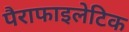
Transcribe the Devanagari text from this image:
पैराफाइलेटिक